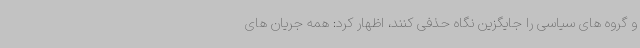
و گروه های سیاسی را جایگزین نگاه حذفی کنند، اظهار کرد: همه جریان های